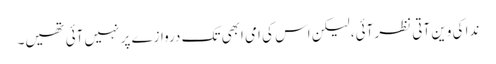
ندا کی وین آتی نظر آئی، لیکن اس کی امی ابھی تک دروازے پر نہیں آئی تھیں۔